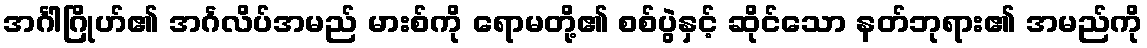
အင်္ဂါဂြိုဟ်၏ အင်္ဂလိပ်အမည် မားစ်ကို ရောမတို့၏ စစ်ပွဲနှင့် ဆိုင်သော နတ်ဘုရား၏ အမည်ကို